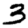
Digit: 3